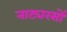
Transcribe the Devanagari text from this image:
नाट्यरसों